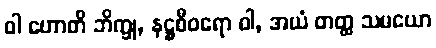
ဝါ ဟောတိ ဘိက္ခု, နဋ္ဌစီဝရော ဝါ, အယံ တတ္ထ သမယော